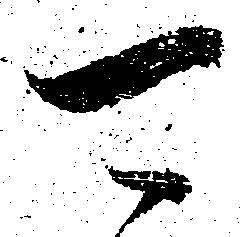
可